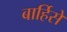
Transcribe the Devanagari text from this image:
बार्हिसे